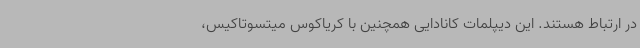
در ارتباط هستند. این دیپلمات کانادایی همچنین با کریاکوس میتسوتاکیس،